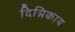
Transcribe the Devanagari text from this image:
दिग्निकाय